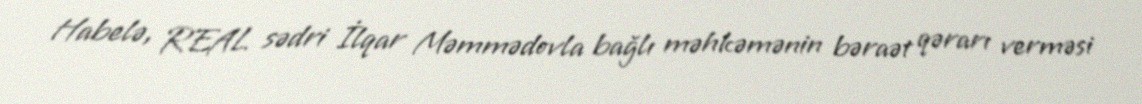
Habelə, REAL sədri İlqar Məmmədovla bağlı məhkəmənin bəraət qərarı verməsi